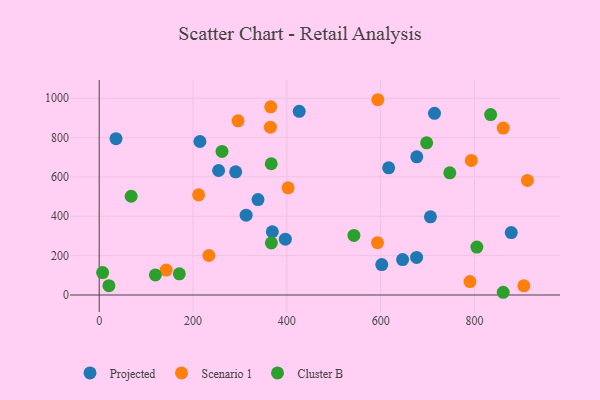
{"axis": {"x": "Study Hours", "y": "Yield"}, "legend": ["Cluster B", "Projected", "Scenario 1"], "data": [{"x": "617.0", "y": 646.1, "type": "Projected"}, {"x": "646.7", "y": 180.1, "type": "Projected"}, {"x": "35.8", "y": 794.2, "type": "Projected"}, {"x": "313.2", "y": 405.9, "type": "Projected"}, {"x": "706.1", "y": 397.3, "type": "Projected"}, {"x": "426.3", "y": 933.5, "type": "Projected"}, {"x": "602.3", "y": 154.6, "type": "Projected"}, {"x": "714.7", "y": 923.5, "type": "Projected"}, {"x": "214.7", "y": 780.0, "type": "Projected"}, {"x": "290.9", "y": 626.1, "type": "Projected"}, {"x": "396.8", "y": 283.6, "type": "Projected"}, {"x": "369.0", "y": 321.3, "type": "Projected"}, {"x": "878.3", "y": 317.4, "type": "Projected"}, {"x": "254.5", "y": 632.6, "type": "Projected"}, {"x": "676.5", "y": 190.7, "type": "Projected"}, {"x": "338.5", "y": 485.1, "type": "Projected"}, {"x": "676.9", "y": 702.0, "type": "Projected"}, {"x": "402.6", "y": 544.9, "type": "Scenario 1"}, {"x": "295.9", "y": 885.0, "type": "Scenario 1"}, {"x": "793.2", "y": 683.7, "type": "Scenario 1"}, {"x": "142.8", "y": 126.4, "type": "Scenario 1"}, {"x": "233.8", "y": 200.7, "type": "Scenario 1"}, {"x": "365.6", "y": 956.3, "type": "Scenario 1"}, {"x": "790.3", "y": 68.3, "type": "Scenario 1"}, {"x": "593.9", "y": 992.4, "type": "Scenario 1"}, {"x": "593.2", "y": 266.0, "type": "Scenario 1"}, {"x": "364.9", "y": 852.9, "type": "Scenario 1"}, {"x": "861.2", "y": 848.2, "type": "Scenario 1"}, {"x": "912.7", "y": 582.2, "type": "Scenario 1"}, {"x": "211.9", "y": 509.1, "type": "Scenario 1"}, {"x": "905.1", "y": 46.7, "type": "Scenario 1"}, {"x": "747.3", "y": 620.8, "type": "Cluster B"}, {"x": "366.7", "y": 667.1, "type": "Cluster B"}, {"x": "698.0", "y": 773.6, "type": "Cluster B"}, {"x": "119.7", "y": 101.8, "type": "Cluster B"}, {"x": "367.0", "y": 264.7, "type": "Cluster B"}, {"x": "68.1", "y": 501.9, "type": "Cluster B"}, {"x": "834.4", "y": 917.1, "type": "Cluster B"}, {"x": "805.0", "y": 243.4, "type": "Cluster B"}, {"x": "20.7", "y": 47.4, "type": "Cluster B"}, {"x": "261.8", "y": 729.4, "type": "Cluster B"}, {"x": "170.8", "y": 107.7, "type": "Cluster B"}, {"x": "542.9", "y": 302.6, "type": "Cluster B"}, {"x": "861.2", "y": 13.8, "type": "Cluster B"}, {"x": "7.3", "y": 114.0, "type": "Cluster B"}]}